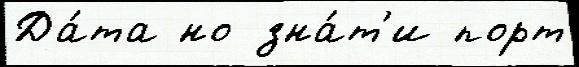
Да́та но зна́т'и порт